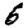
Digit: 6